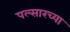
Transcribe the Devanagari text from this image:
पल्सारच्या